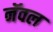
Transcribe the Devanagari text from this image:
नॅवल